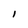
Character: I